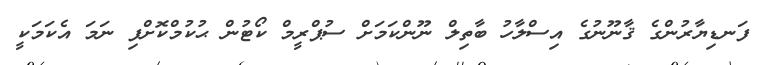
ފަނޑިޔާރުންގެ ޤާނޫނުގެ އިސްލާހު ބާތިލް ނޫންކަމަށް ސުޕްރީމް ކޯޓުން ޙުކުމްކޮށްފި ނަމަ އެކަމަކީ